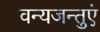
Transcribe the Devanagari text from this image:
वन्यजन्तुएं